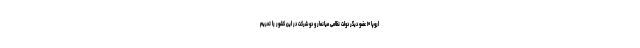
اروپا ۱۰ عضو دیگر دولت نظامی میانمار و دو شرکت در این کشور را تحریم